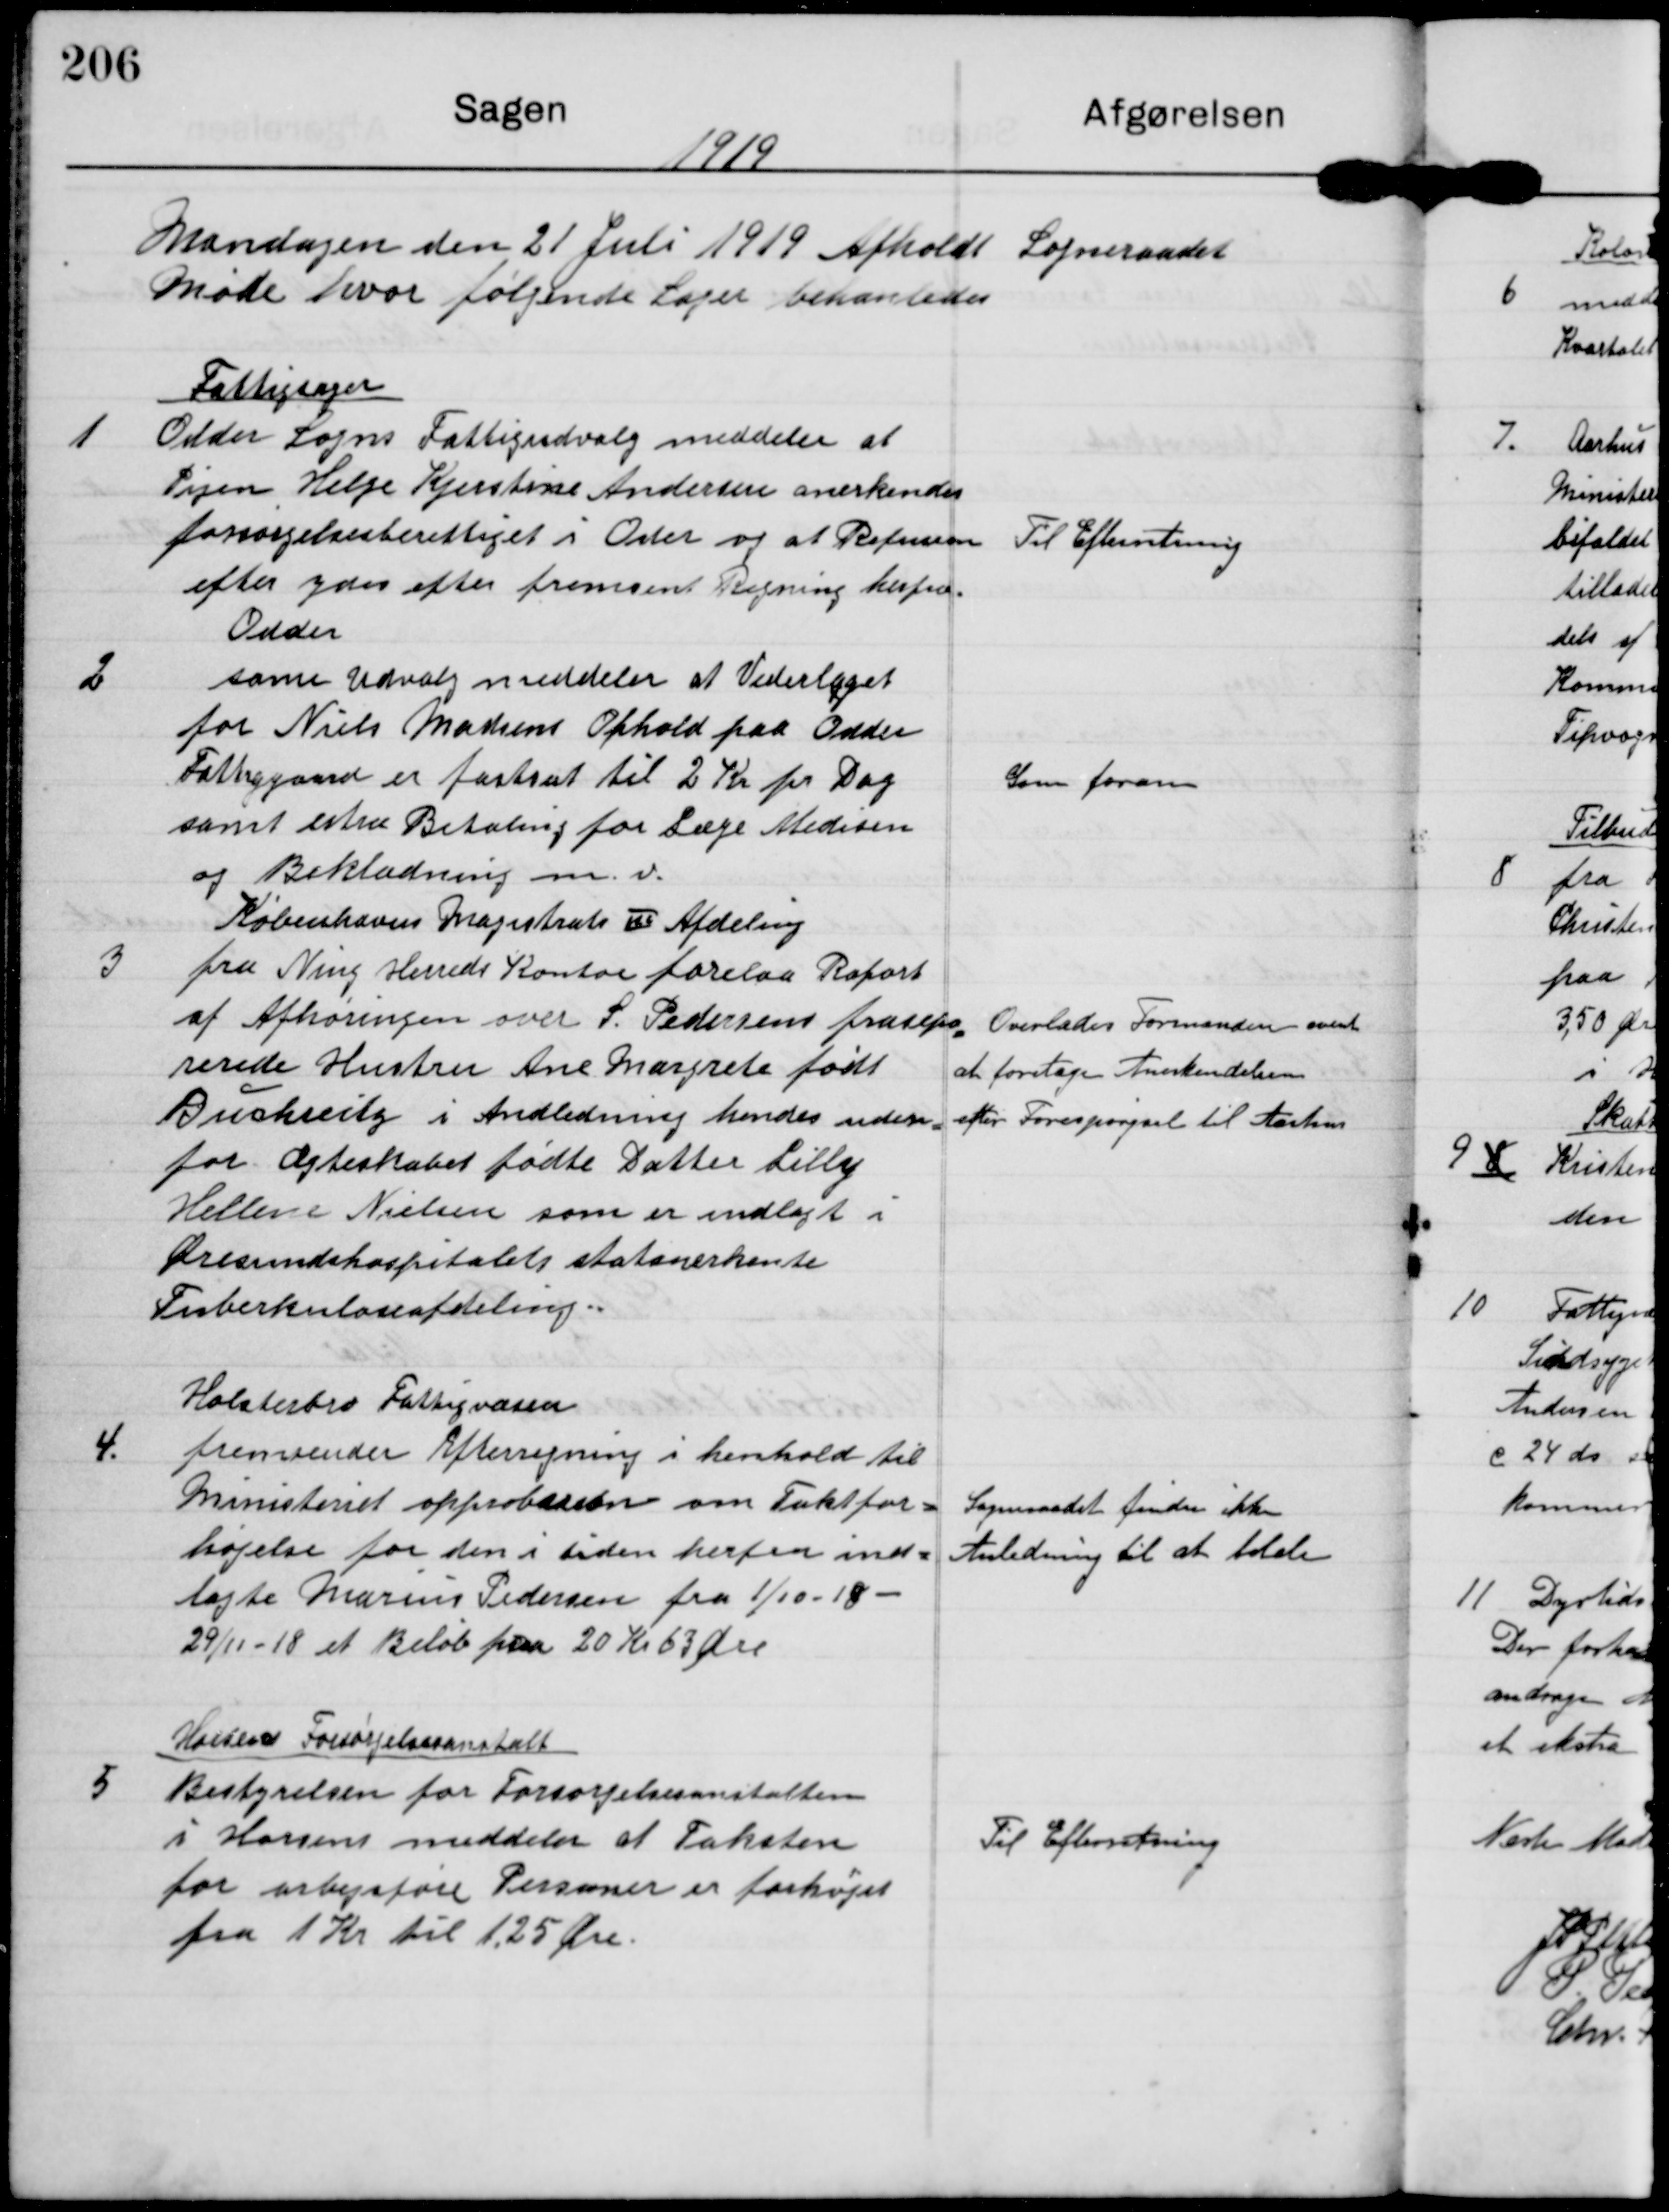
Transskription:
1919

Mandagen den 21 Juli 1919 Afholdt Sogneraadet
Møde hvor følgende Sager behandledes

1

Fattigsager
Odder Sogns Fattigudvalg meddeler at
Pigen Helge Kjerstine Andersen anerkendes
forsørgelsesberettiget i Oster og at Refusion
efter ydes efter fremsent Regning herfra

Til Efterretning

2

Odder
same Udvalg meddeler at Vederlaget
for Niels Madsens Ophold paa Odder
Fattiggaard er fastsat til 2 Kr pr Dag
samt estra Betaling for Læge Medisin
og Beklædning m.v.

Som foran

3

Københavns Magistrats II Afdeling
fra Ning Herreds Kontor forelaa Report
af Afhøringen over S. pedersens frasepa-
rerede Hustru Ane Margrete født
Buckreitz i Andledning hendes uden-
for Ægteskabet fødte Datter Lilly
Hellene Nielsen som er indlagt iØ
resundshospitalets statanerkente
Tuberkuloseafdeling.

Overlades Formanden event
at foretage Anderkendelse
efter Forespørgsel til Aarhus

4.

Holstebro Fattigvæsen
fremsender Efterregning i henhold til
Ministeriet opproberen om Taktfor-
højelse for den i tiden herfra ind-
lagte Marius Pedersen fra 1/10-18 -
29/11-18 et Beløb paa 20 Kr 63 Øre.

Sogneraadet finder ikke
Anledning til at betale

5

Horsens Forsørgelsesanstalt
Bestyrelsen for Forsørgelsesanstalten
i Horsens meddeler at Taksten
for arbejdsføre Personer er forhøjet
fra 1 Kr til 125 Øre.

Til Efterretning